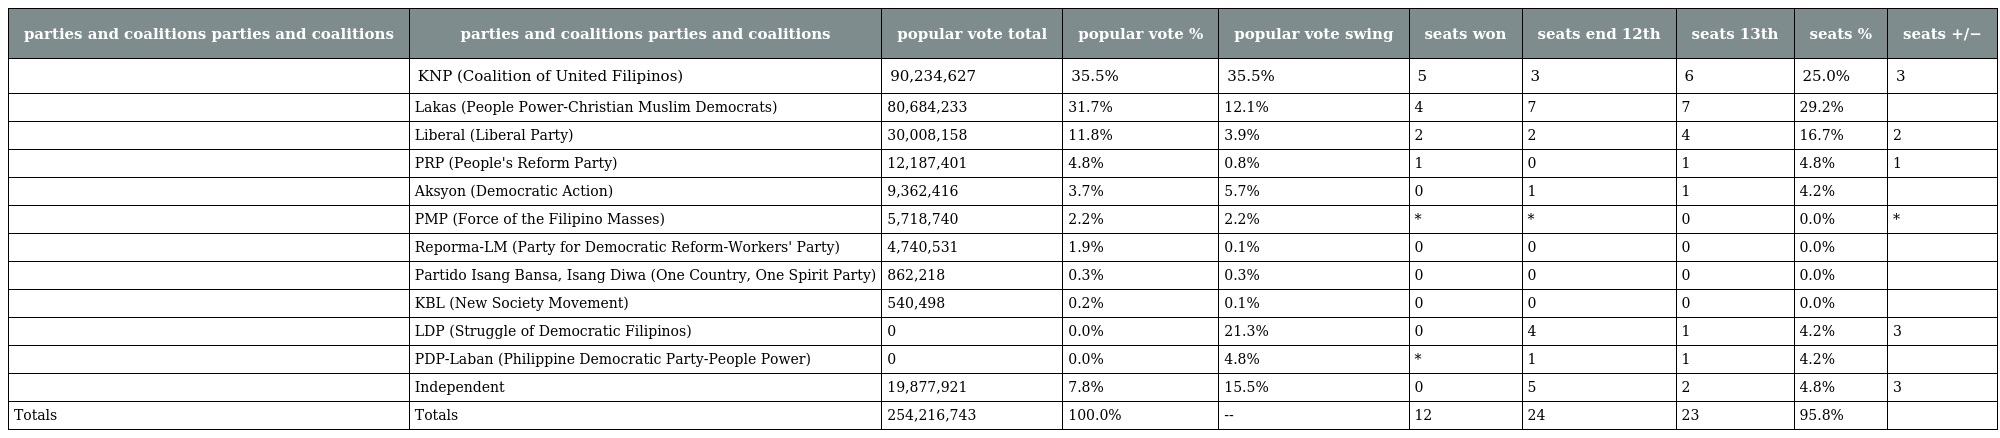
| parties and coalitions parties and coalitions | parties and coalitions parties and coalitions | popular vote total | popular vote % | popular vote swing | seats won | seats end 12th | seats 13th | seats % | seats +/− |
 | --- | --- | --- | --- | --- | --- | --- | --- | --- | --- |
 |  | KNP (Coalition of United Filipinos) | 90,234,627 | 35.5% | 35.5% | 5 | 3 | 6 | 25.0% | 3 |
 |  | Lakas (People Power-Christian Muslim Democrats) | 80,684,233 | 31.7% | 12.1% | 4 | 7 | 7 | 29.2% |  |
 |  | Liberal (Liberal Party) | 30,008,158 | 11.8% | 3.9% | 2 | 2 | 4 | 16.7% | 2 |
 |  | PRP (People's Reform Party) | 12,187,401 | 4.8% | 0.8% | 1 | 0 | 1 | 4.8% | 1 |
 |  | Aksyon (Democratic Action) | 9,362,416 | 3.7% | 5.7% | 0 | 1 | 1 | 4.2% |  |
 |  | PMP (Force of the Filipino Masses) | 5,718,740 | 2.2% | 2.2% | * | * | 0 | 0.0% | * |
 |  | Reporma-LM (Party for Democratic Reform-Workers' Party) | 4,740,531 | 1.9% | 0.1% | 0 | 0 | 0 | 0.0% |  |
 |  | Partido Isang Bansa, Isang Diwa (One Country, One Spirit Party) | 862,218 | 0.3% | 0.3% | 0 | 0 | 0 | 0.0% |  |
 |  | KBL (New Society Movement) | 540,498 | 0.2% | 0.1% | 0 | 0 | 0 | 0.0% |  |
 |  | LDP (Struggle of Democratic Filipinos) | 0 | 0.0% | 21.3% | 0 | 4 | 1 | 4.2% | 3 |
 |  | PDP-Laban (Philippine Democratic Party-People Power) | 0 | 0.0% | 4.8% | * | 1 | 1 | 4.2% |  |
 |  | Independent | 19,877,921 | 7.8% | 15.5% | 0 | 5 | 2 | 4.8% | 3 |
 | Totals | Totals | 254,216,743 | 100.0% | -- | 12 | 24 | 23 | 95.8% |  |